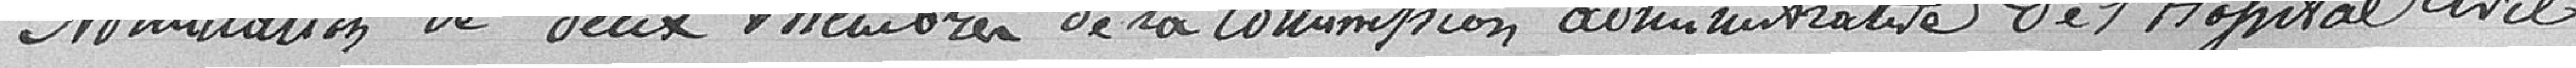
Nomination de deux membres de la commission administrative de l'Hôpital civil